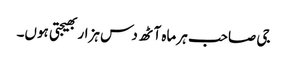
جی صاحب ہر ماہ آٹھ دس ہزار بھیجتی ہوں۔